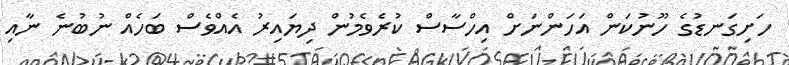
ހަށިގަނޑުގެ ހޫނުކަން އަހަންނަށް އިހްސާސް ކުރެވެމުން ދިޔައިރު އެއްވެސް ބަހެއް ނުބުނެ ނާއި